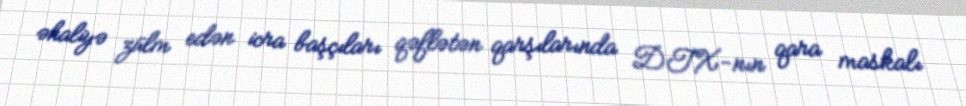
əhaliyə zülm edən icra başçıları qəflətən qarşılarında DTX-nın qara maskalı